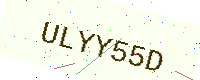
Text: ULYY55D